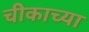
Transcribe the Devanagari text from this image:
चीकाच्या